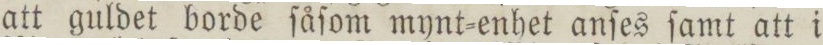
att guldet borde ſåſom mynt=enhet anſes ſamt att i